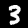
Label: 3